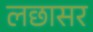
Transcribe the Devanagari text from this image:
लछासर